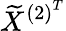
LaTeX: \widetilde{X}^{{(2)}^{T}}